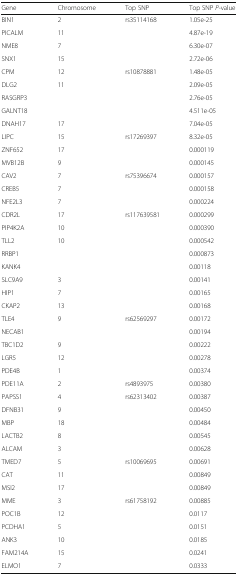
<table><thead><tr><td><b>Gene</b></td><td><b>Chromosome</b></td><td><b>Top SNP</b></td><td><b>Top SNP <i>P</i>-value</b></td></tr></thead><tbody><tr><td>BIN1</td><td>2</td><td>rs35114168</td><td>1.05e-25</td></tr><tr><td>PICALM</td><td>11</td><td>[EMPTY_CELL]</td><td>4.87e-19</td></tr><tr><td>NME8</td><td>7</td><td>[EMPTY_CELL]</td><td>6.30e-07</td></tr><tr><td>SNX1</td><td>15</td><td>[EMPTY_CELL]</td><td>2.72e-06</td></tr><tr><td>CPM</td><td>12</td><td>rs10878881</td><td>1.48e-05</td></tr><tr><td>DLG2</td><td>11</td><td>[EMPTY_CELL]</td><td>2.09e-05</td></tr><tr><td>RASGRP3</td><td>[EMPTY_CELL]</td><td>[EMPTY_CELL]</td><td>2.76e-05</td></tr><tr><td>GALNT18</td><td>[EMPTY_CELL]</td><td>[EMPTY_CELL]</td><td>4.511e-05</td></tr><tr><td>DNAH17</td><td>17</td><td>[EMPTY_CELL]</td><td>7.04e-05</td></tr><tr><td>LIPC</td><td>15</td><td>rs17269397</td><td>8.32e-05</td></tr><tr><td>ZNF652</td><td>17</td><td>[EMPTY_CELL]</td><td>0.000119</td></tr><tr><td>MVB12B</td><td>9</td><td>[EMPTY_CELL]</td><td>0.000145</td></tr><tr><td>CAV2</td><td>7</td><td>rs75396674</td><td>0.000157</td></tr><tr><td>CREB5</td><td>7</td><td>[EMPTY_CELL]</td><td>0.000158</td></tr><tr><td>NFE2L3</td><td>7</td><td>[EMPTY_CELL]</td><td>0.000224</td></tr><tr><td>CDR2L</td><td>17</td><td>rs117639581</td><td>0.000299</td></tr><tr><td>PIP4K2A</td><td>10</td><td>[EMPTY_CELL]</td><td>0.000390</td></tr><tr><td>TLL2</td><td>10</td><td>[EMPTY_CELL]</td><td>0.000542</td></tr><tr><td>RRBP1</td><td>[EMPTY_CELL]</td><td>[EMPTY_CELL]</td><td>0.000873</td></tr><tr><td>KANK4</td><td>[EMPTY_CELL]</td><td>[EMPTY_CELL]</td><td>0.00118</td></tr><tr><td>SLC9A9</td><td>3</td><td>[EMPTY_CELL]</td><td>0.00141</td></tr><tr><td>HIP1</td><td>7</td><td>[EMPTY_CELL]</td><td>0.00165</td></tr><tr><td>CKAP2</td><td>13</td><td>[EMPTY_CELL]</td><td>0.00168</td></tr><tr><td>TLE4</td><td>9</td><td>rs62569297</td><td>0.00172</td></tr><tr><td>NECAB1</td><td>[EMPTY_CELL]</td><td>[EMPTY_CELL]</td><td>0.00194</td></tr><tr><td>TBC1D2</td><td>9</td><td>[EMPTY_CELL]</td><td>0.00222</td></tr><tr><td>LGR5</td><td>12</td><td>[EMPTY_CELL]</td><td>0.00278</td></tr><tr><td>PDE4B</td><td>1</td><td>[EMPTY_CELL]</td><td>0.00374</td></tr><tr><td>PDE11A</td><td>2</td><td>rs4893975</td><td>0.00380</td></tr><tr><td>PAPSS1</td><td>4</td><td>rs62313402</td><td>0.00387</td></tr><tr><td>DFNB31</td><td>9</td><td>[EMPTY_CELL]</td><td>0.00450</td></tr><tr><td>MBP</td><td>18</td><td>[EMPTY_CELL]</td><td>0.00484</td></tr><tr><td>LACTB2</td><td>8</td><td>[EMPTY_CELL]</td><td>0.00545</td></tr><tr><td>ALCAM</td><td>3</td><td>[EMPTY_CELL]</td><td>0.00628</td></tr><tr><td>TMED7</td><td>5</td><td>rs10069695</td><td>0.00691</td></tr><tr><td>CAT</td><td>11</td><td>[EMPTY_CELL]</td><td>0.00849</td></tr><tr><td>MSI2</td><td>17</td><td>[EMPTY_CELL]</td><td>0.00849</td></tr><tr><td>MME</td><td>3</td><td>rs61758192</td><td>0.00885</td></tr><tr><td>POC1B</td><td>12</td><td>[EMPTY_CELL]</td><td>0.0117</td></tr><tr><td>PCDHA1</td><td>5</td><td>[EMPTY_CELL]</td><td>0.0151</td></tr><tr><td>ANK3</td><td>10</td><td>[EMPTY_CELL]</td><td>0.0185</td></tr><tr><td>FAM214A</td><td>15</td><td>[EMPTY_CELL]</td><td>0.0241</td></tr><tr><td>ELMO1</td><td>7</td><td>[EMPTY_CELL]</td><td>0.0333</td></tr></tbody></table>